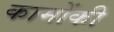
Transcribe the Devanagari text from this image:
कामोंकी